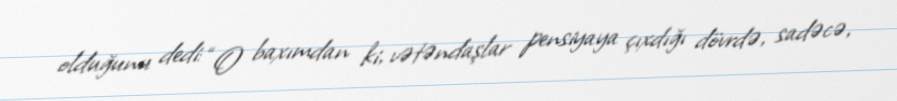
olduğunu dedi: “O baxımdan ki, vətəndaşlar pensiyaya çıxdığı dövrdə, sadəcə,